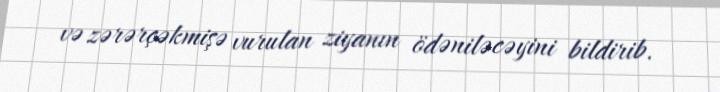
və zərərçəkmişə vurulan ziyanın ödəniləcəyini bildirib.